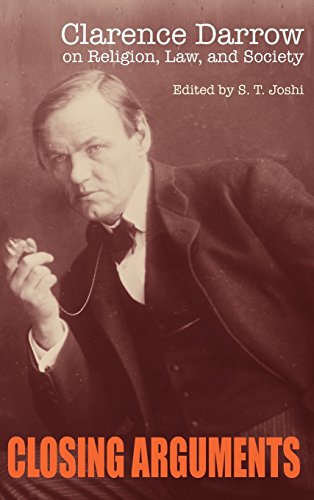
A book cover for Closing Arguments: Clarence Darrow on Religion, Law, and Society; Clarence Darrow; Law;